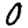
Digit: 0